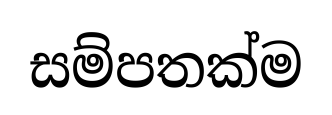
සම්පතක්ම